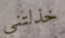
خذلتني